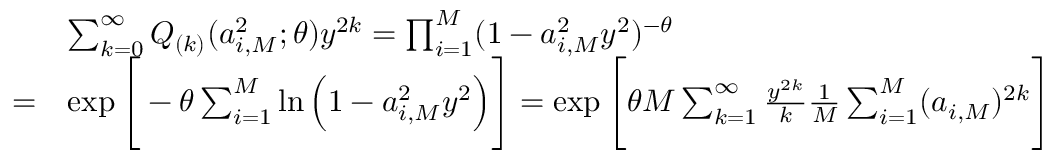
\begin{array} { r l } & { \sum _ { k = 0 } ^ { \infty } Q _ { ( k ) } ( a _ { i , M } ^ { 2 } ; \theta ) y ^ { 2 k } = \prod _ { i = 1 } ^ { M } ( 1 - a _ { i , M } ^ { 2 } y ^ { 2 } ) ^ { - \theta } } \\ { = } & { \exp \Bigg [ - \theta \sum _ { i = 1 } ^ { M } \ln \Big ( 1 - a _ { i , M } ^ { 2 } y ^ { 2 } \Big ) \Bigg ] = \exp \Bigg [ \theta M \sum _ { k = 1 } ^ { \infty } \frac { y ^ { 2 k } } { k } \frac { 1 } { M } \sum _ { i = 1 } ^ { M } ( a _ { i , M } ) ^ { 2 k } \Bigg ] } \end{array}